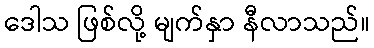
ဒေါသ ဖြစ်လို့ မျက်နှာ နီလာသည်။